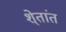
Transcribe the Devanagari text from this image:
शे्तांत